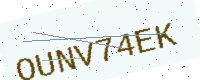
Text: OUNV74EK